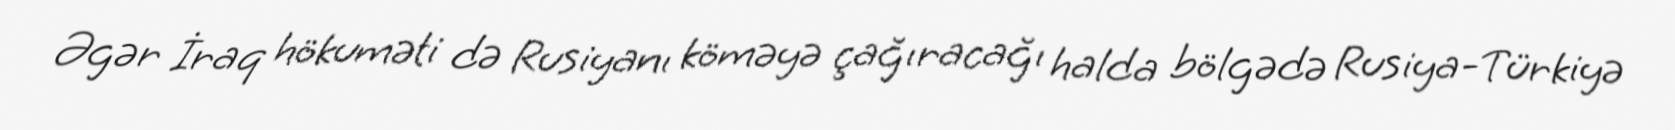
Əgər İraq hökuməti də Rusiyanı köməyə çağıracağı halda bölgədə Rusiya-Türkiyə